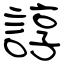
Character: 諄